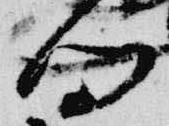
向